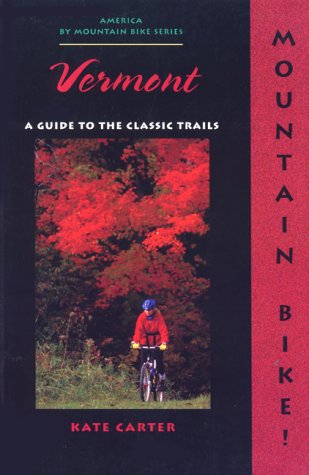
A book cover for Mountain Bike! Vermont; Kate Carter; Travel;